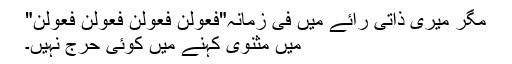
مگر میری ذاتی رائے میں فی زمانہ"فعولن فعولن فعولن فعولن"
میں مثنوی کہنے میں کوئی حرج نہیں۔